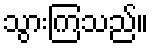
သွားကြသည်။